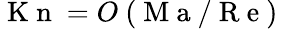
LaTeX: \mathrm{~K~n~}=O\mathrm{~(~M~a~/~R~e~)~}